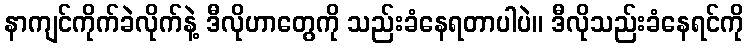
နာကျင်ကိုက်ခဲလိုက်နဲ့ ဒီလိုဟာတွေကို သည်းခံနေရတာပါပဲ။ ဒီလိုသည်းခံနေရင်ကို